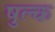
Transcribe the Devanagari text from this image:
षुल्क